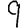
Digit: 9